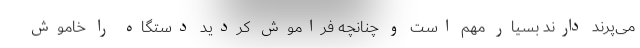
می‌پرند دارند بسیار مهم است و چنانچه فراموش کردید دستگاه را خاموش